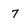
Character: 7